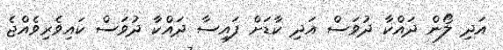
އަދި ލޯން ދައްކާ ދުވަސް އަދި ކާޑަށް ފައިސާ ދައްކާ ދުވަސް ކައިވެރިވެއްޖެ